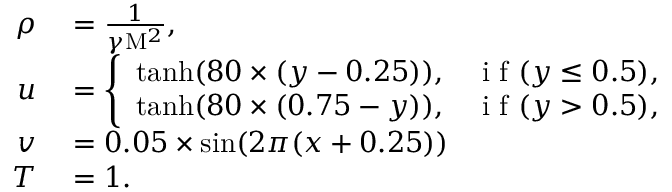
\begin{array} { r l } { \rho } & { { } = \frac { 1 } { \gamma \mathrm { M } ^ { 2 } } , } \\ { u } & { { } = \left\{ \begin{array} { l l } { \operatorname { t a n h } ( 8 0 \times ( y - 0 . 2 5 ) ) , } & { \mathrm { ~ i ~ f ~ } ( y \leq 0 . 5 ) , } \\ { \operatorname { t a n h } ( 8 0 \times ( 0 . 7 5 - y ) ) , } & { \mathrm { ~ i ~ f ~ } ( y > 0 . 5 ) , } \end{array} \right. } \\ { v } & { { } = 0 . 0 5 \times \sin ( 2 \pi ( x + 0 . 2 5 ) ) } \\ { T } & { { } = 1 . } \end{array}